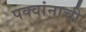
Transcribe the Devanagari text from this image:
पक्वांनाची